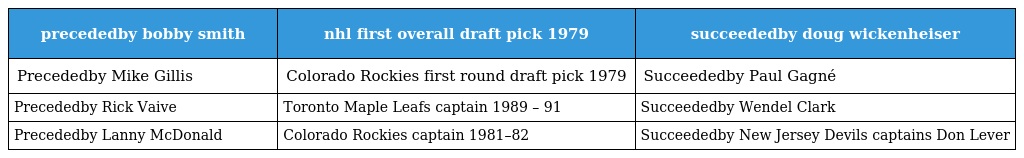
| precededby bobby smith | nhl first overall draft pick 1979 | succeededby doug wickenheiser |
 | --- | --- | --- |
 | Precededby Mike Gillis | Colorado Rockies first round draft pick 1979 | Succeededby Paul Gagné |
 | Precededby Rick Vaive | Toronto Maple Leafs captain 1989 – 91 | Succeededby Wendel Clark |
 | Precededby Lanny McDonald | Colorado Rockies captain 1981–82 | Succeededby New Jersey Devils captains Don Lever |